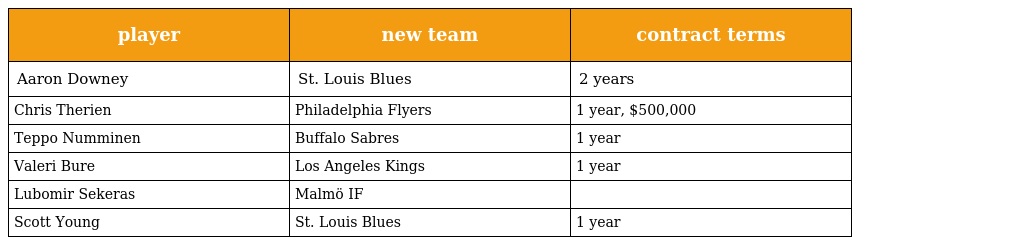
| player | new team | contract terms |
 | --- | --- | --- |
 | Aaron Downey | St. Louis Blues | 2 years |
 | Chris Therien | Philadelphia Flyers | 1 year, $500,000 |
 | Teppo Numminen | Buffalo Sabres | 1 year |
 | Valeri Bure | Los Angeles Kings | 1 year |
 | Lubomir Sekeras | Malmö IF |  |
 | Scott Young | St. Louis Blues | 1 year |